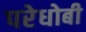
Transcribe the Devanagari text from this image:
परेधोबी